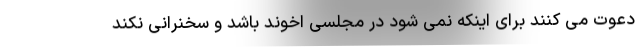
دعوت می کنند برای اینکه نمی شود در مجلسی اخوند باشد و سخنرانی نکند